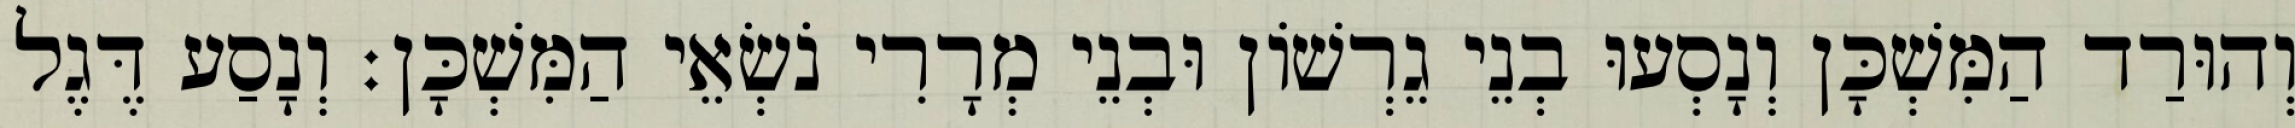
וְהוּרַד הַמִּשְׁכָּן וְנָסְעוּ בְנֵי גֵרְשׁוֹן וּבְנֵי מְרָרִי נֹשְׂאֵי הַמִּשְׁכָּן׃ וְנָסַע דֶּגֶל